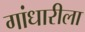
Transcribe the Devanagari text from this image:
गांधारीला